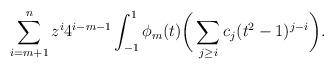
LaTeX: \begin{align*}\sum_{i=m+1}^{n} z^{i} 4^{i-m-1} \int_{-1}^1 \phi_m(t) \bigg(\sum_{j\geq i} c_j (t^2-1)^{j-i}\bigg).\end{align*}